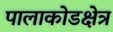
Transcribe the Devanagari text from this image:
पालाकोडक्षेत्र